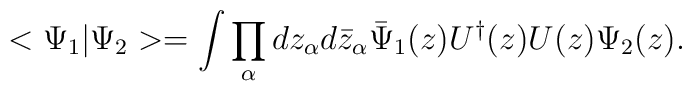
<\Psi_1 |\Psi_2> = \int \prod_\alpha dz_\alpha d\bar z_\alpha \bar\Psi_1(z) U^\dagger (z) U(z) \Psi_2 (z).